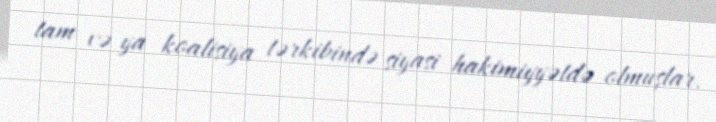
tam və ya koalisiya tərkibində siyasi hakimiyyətdə olmuşlar.